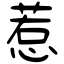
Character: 惹